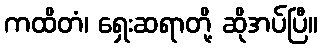
ကထိတံ၊ ရှေးဆရာတို့ ဆိုအပ်ပြီ။